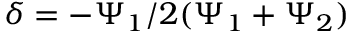
\delta = - \Psi _ { 1 } / 2 ( \Psi _ { 1 } + \Psi _ { 2 } )